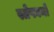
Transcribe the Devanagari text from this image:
स्तेफानो